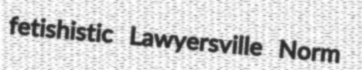
fetishistic Lawyersville Norm